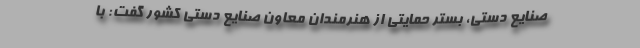
صنایع دستی، بستر حمایتی از هنرمندان معاون صنایع دستی کشور گفت: با